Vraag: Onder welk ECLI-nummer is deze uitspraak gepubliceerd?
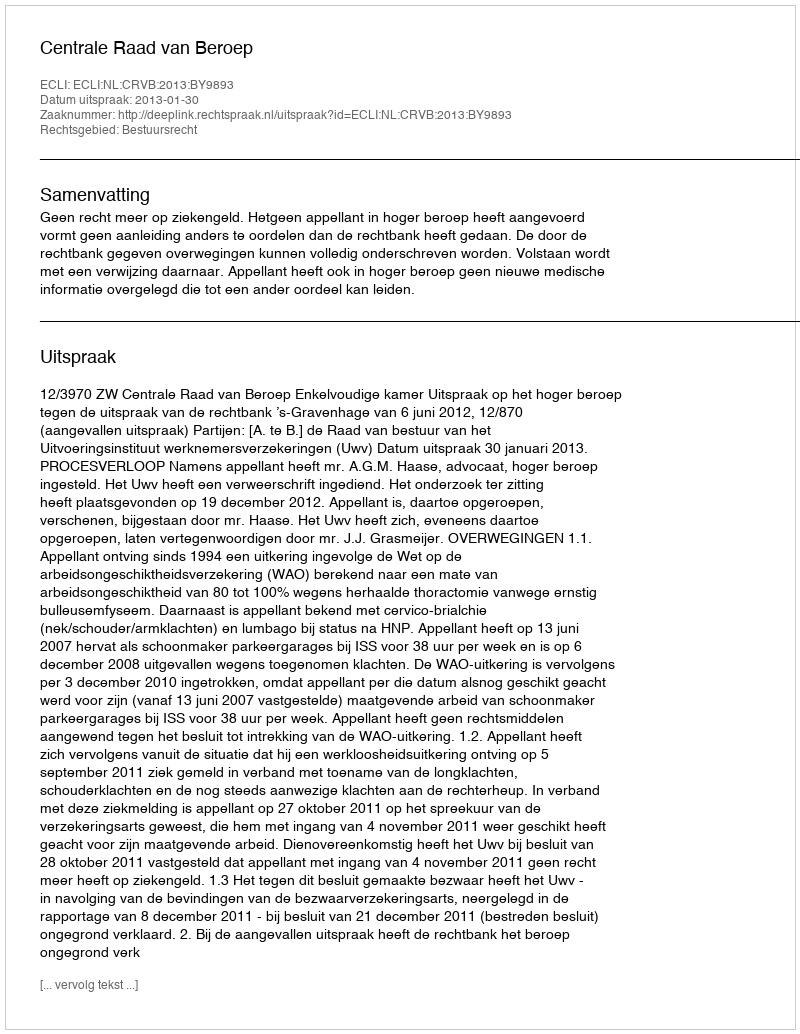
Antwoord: ECLI:NL:CRVB:2013:BY9893